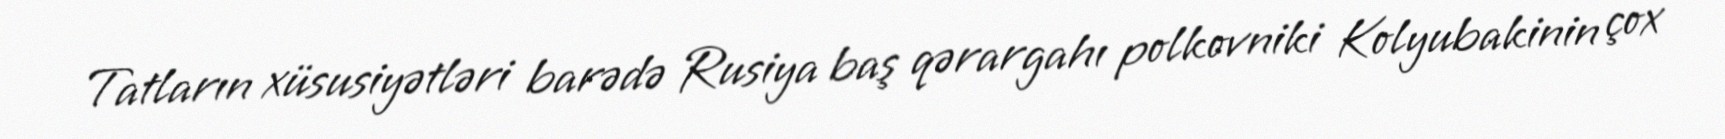
Tatların xüsusiyətləri barədə Rusiya baş qərargahı polkovniki Kolyubakinin çox